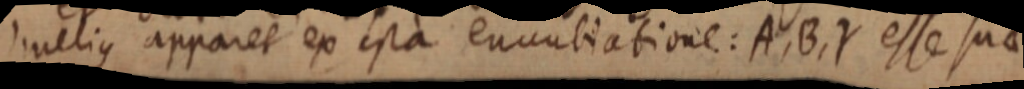
melius apparet ex ipsa enuntiatione: A, B, Y esse suae